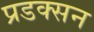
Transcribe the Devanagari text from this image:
प्रडक्सन